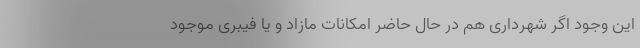
این وجود اگر شهرداری هم در حال حاضر امکانات مازاد و یا فیبری موجود